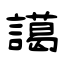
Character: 譪